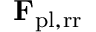
\mathbf { F } _ { \mathrm { p l , r r } }